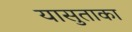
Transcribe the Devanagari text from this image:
यासुताका